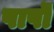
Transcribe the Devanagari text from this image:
पापॊं